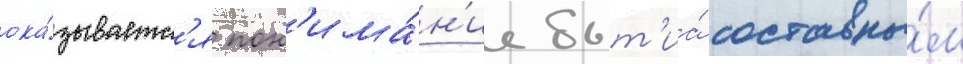
ока́зываетс'я пон'има́н'ие быт'иа́ составны́м